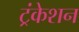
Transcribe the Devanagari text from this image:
ट्रंकेशन